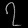
Digit: ၇